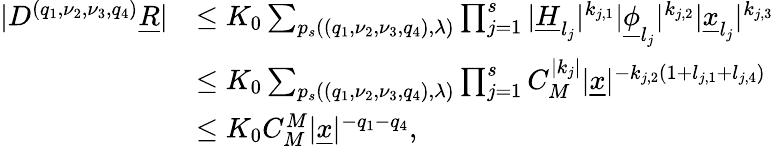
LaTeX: \begin{array}{rl}{\vert D^{(q_{1},\nu_{2},\nu_{3},q_{4})}\underline{R}\vert}&{\le K_{0}\sum_{p_{s}((q_{1},\nu_{2},\nu_{3},q_{4}),\mathbf\lambda)}\prod_{j=1}^{s}\vert\underline{H}_{l_{j}}\vert^{k_{j,1}}\vert\underline{\phi}_{l_{j}}\vert^{k_{j,2}}\vert\underline{x}_{l_{j}}\vert^{k_{j,3}}}\\ &{\le K_{0}\sum_{p_{s}((q_{1},\nu_{2},\nu_{3},q_{4}),\mathbf\lambda)}\prod_{j=1}^{s}C_{M}^{\vert k_{j}\vert}\vert\underline{x}\vert^{-k_{j,2}(1+l_{j,1}+l_{j,4})}}\\ &{\le K_{0}C_{M}^{M}\vert\underline{x}\vert^{-q_{1}-q_{4}},}\end{array}